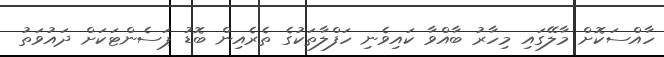
ހާއްސަކޮށް މާލޭގައި މިހާރު ބާއްވާ ކައިވެނި ހަފްލާތަކުގެ ތެރެއިން ބޮޑު ޕަސެންޓަކަށް ދައުވަތު